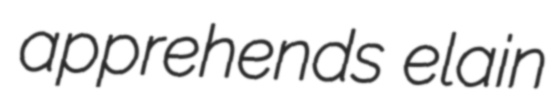
apprehends elain